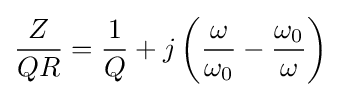
{\frac {Z}{QR}}={\frac {1}{Q}}+j\left({\frac {\omega }{\omega _{0}}}-{\frac {\omega _{0}}{\omega }}\right)